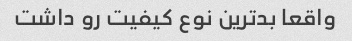
واقعا بدترین نوع کیفیت رو داشت